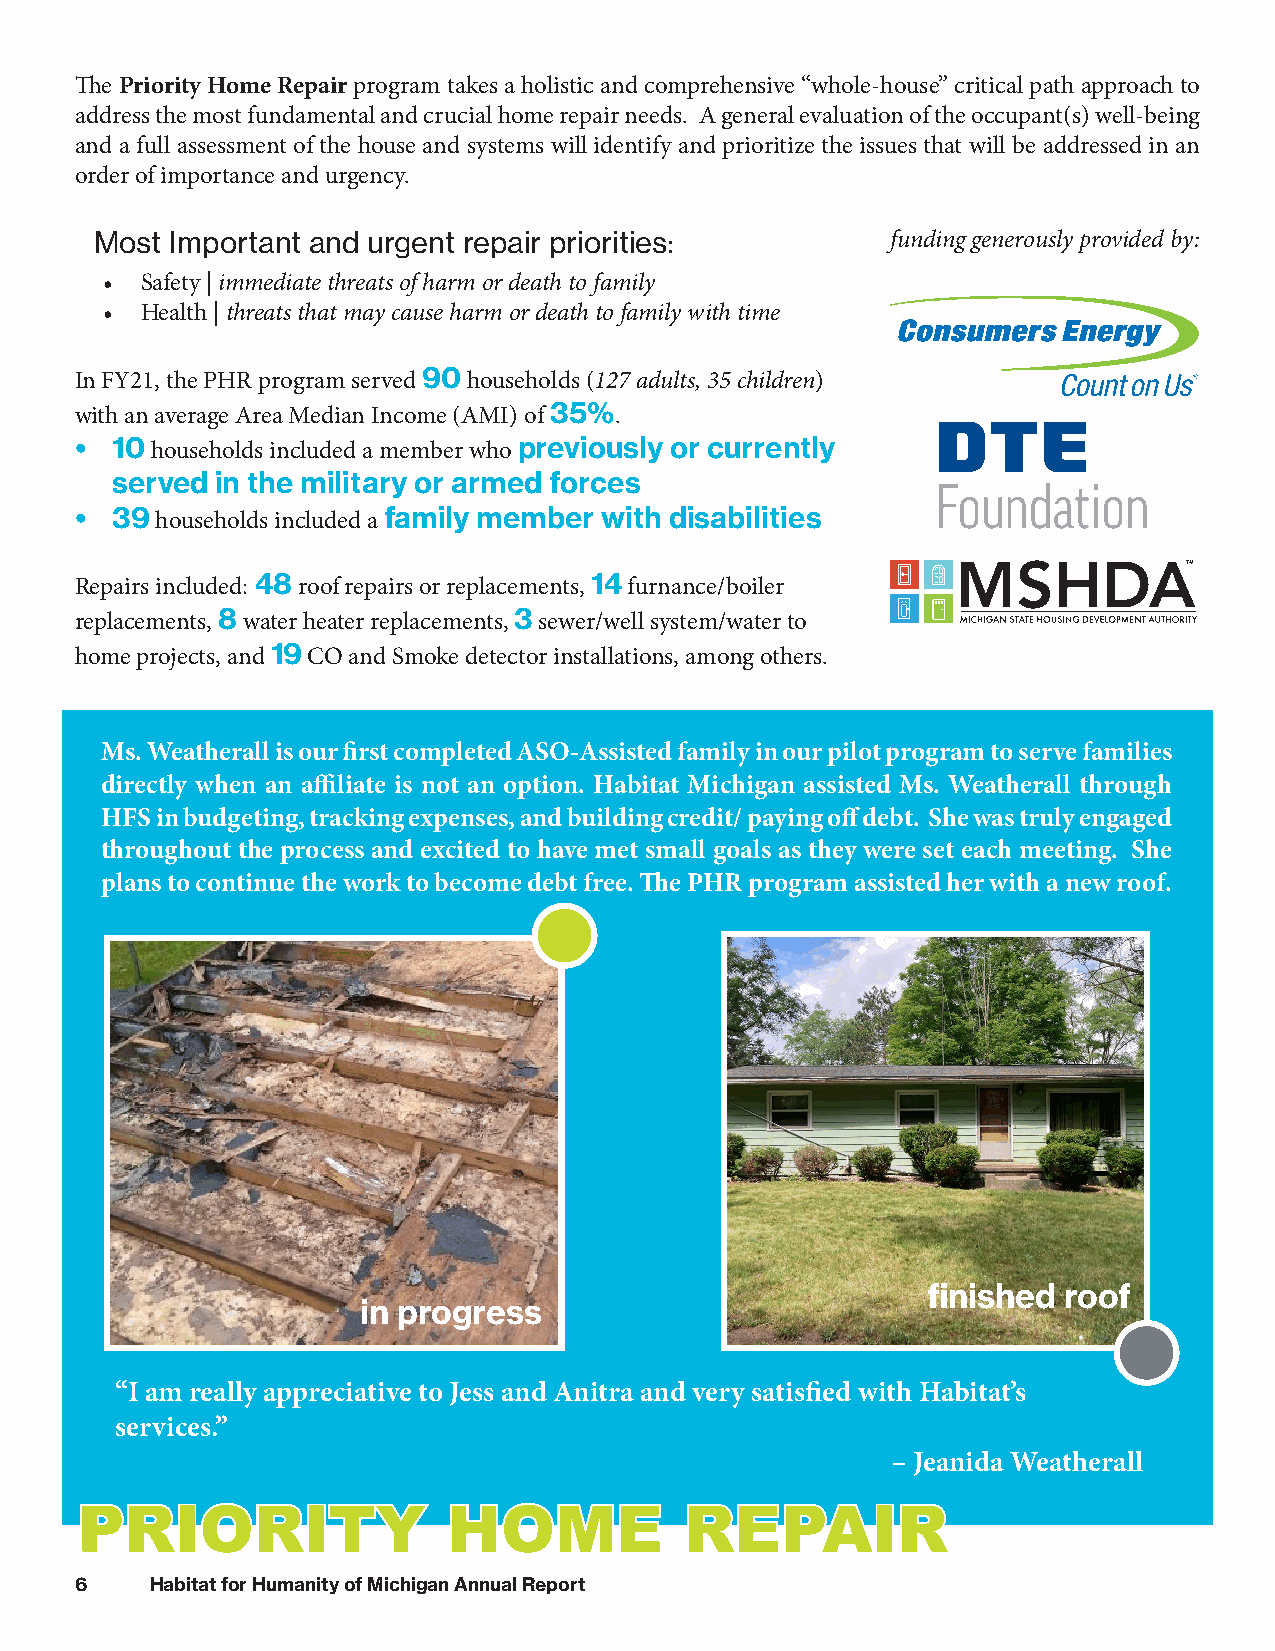
The Priority Home Repair program takes a holistic and comprehensive “whole-house” critical path approach to
 address the most fundamental and crucial home repair needs. A general evaluation of the occupant(s) well-being
 and a full assessment of the house and systems will identify and prioritize the issues that will be addressed in an
 order of importance and urgency.
 Most Important and urgent repair priorities:         funding generously provided by:
 • Safety | immediate threats of harm or death to family
 • Health | threats that may cause harm or death to family with time
 In FY21, the PHR program served 90 households (127 adults, 35 children)
 with an average Area Median Income (AMI) of 35%.
 • 10 households included a member who previously or currently
 served in the military or armed forces
 • 39 households included a family member with disabilities
 ™
 Repairs included: 48 roof repairs or replacements, 14 furnance/boiler
 replacements, 8 water heater replacements, 3 sewer/well system/water to
 home projects, and 19 CO and Smoke detector installations, among others.
 Ms. Weatherall is our first completed ASO-Assisted family in our pilot program to serve families
 directly when an affiliate is not an option. Habitat Michigan assisted Ms. Weatherall through
 HFS in budgeting, tracking expenses, and building credit/ paying off debt. She was truly engaged
 throughout the process and excited to have met small goals as they were set each meeting. She
 plans to continue the work to become debt free. The PHR program assisted her with a new roof.
 finished roof
 in progress
 “I am really appreciative to Jess and Anitra and very satisfied with Habitat’s
 services.”
 – Jeanida Weatherall
 PPRRIIOORRIITTYY         HHOOMMEE       RREEPPAAIIRR
 6    Habitat for Humanity of Michigan Annual Report